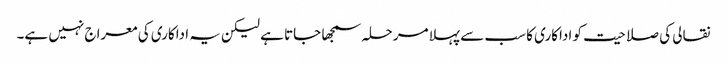
نقالی کی صلاحیت کو اداکاری کا سب سے پہلا مرحلہ سمجھا جاتا ہے لیکن یہ اداکاری کی معراج نہیں ہے۔